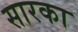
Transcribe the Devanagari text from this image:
सारका